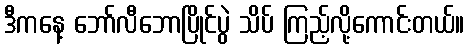
ဒီကနေ့ ဘော်လီဘောပြိုင်ပွဲ သိပ် ကြည့်လို့ကောင်းတယ်။